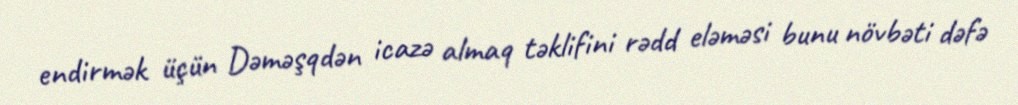
endirmək üçün Dəməşqdən icazə almaq təklifini rədd eləməsi bunu növbəti dəfə